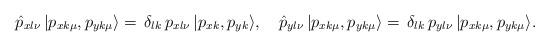
LaTeX: \begin{align*}\hat{p}_{xl\nu}\,|p_{xk\mu},p_{yk\mu}\rangle=\,\delta_{lk}\,p_{xl\nu}\,|p_{xk},p_{yk}\rangle,\quad\hat{p}_{yl\nu}\,|p_{xk\mu},p_{yk\mu}\rangle=\,\delta_{lk}\,p_{yl\nu}\,|p_{xk\mu},p_{yk\mu}\rangle.\end{align*}